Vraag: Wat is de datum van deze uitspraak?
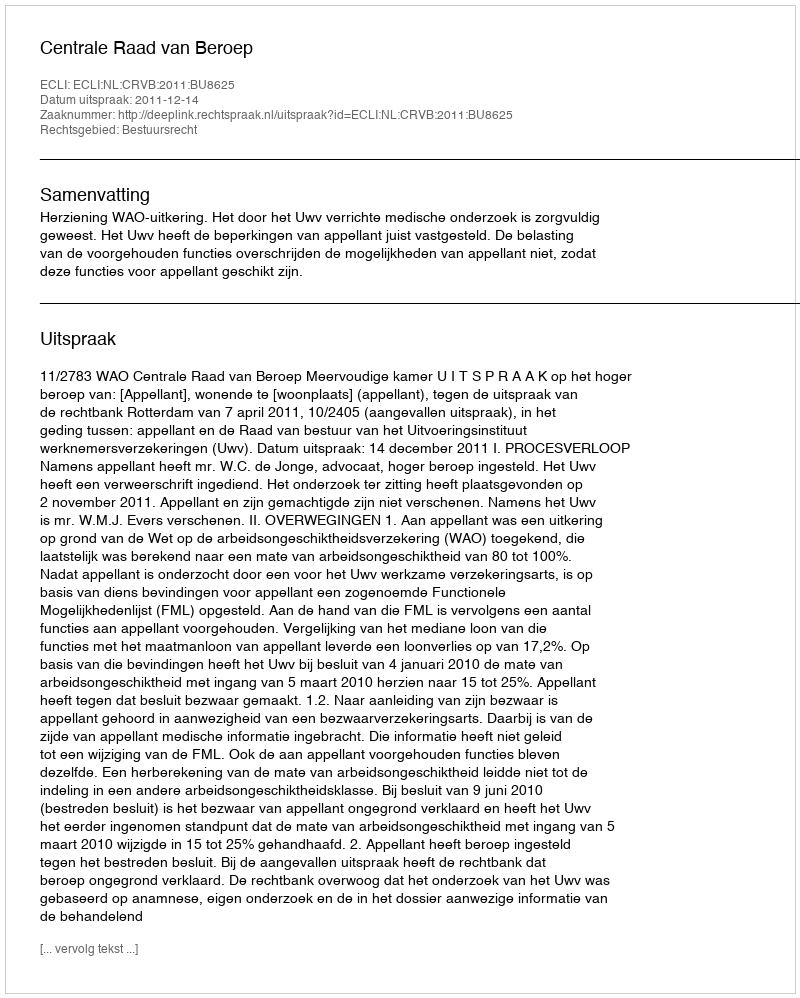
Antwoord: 2011-12-14